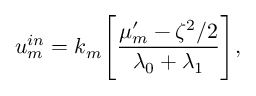
u _ { m } ^ { i n } = k _ { m } \Bigg [ \frac { \mu _ { m } ^ { \prime } - \zeta ^ { 2 } / 2 } { \lambda _ { 0 } + \lambda _ { 1 } } \Bigg ] ,